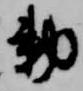
勅